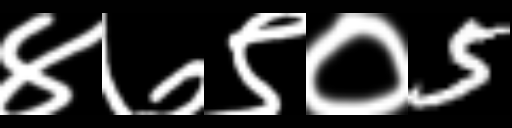
Text: ४७९०5